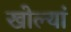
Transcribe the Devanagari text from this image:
खोल्यां